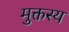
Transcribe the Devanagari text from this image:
मुक्तस्य